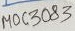
Text: MOC3083